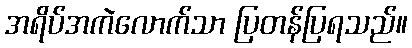
အရိပ်အကဲလောက်သာ ပြတန်ပြရသည်။